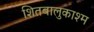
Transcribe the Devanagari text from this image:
शितबालुकाश्म